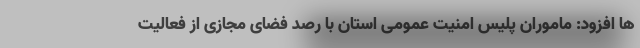
ها افزود: ماموران پلیس امنیت عمومی استان با رصد فضای مجازی از فعالیت